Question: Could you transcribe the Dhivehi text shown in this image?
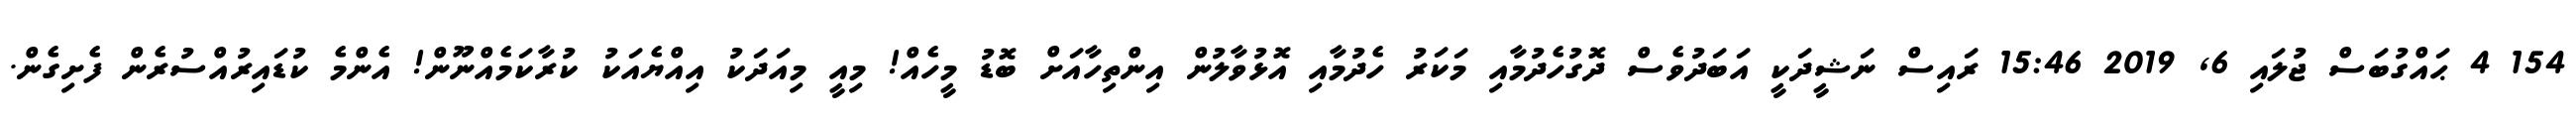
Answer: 154 4 ޙައްގުބަސް ޖުލައި 6, 2019 15:46 ރައިސް ނަޝީދަކީ އަބަދުވެސް ދޮގުހެދުމާއި މަކަރު ހެދުމާއި އޮޅުވާލުން އިންތިހާއަށް ބޮޑު މީހެއް! މިއީ މިއަދަކު އިއްޔެއަކު ކުރާކަމެއްނޫން! އެންމެ ކުޑައިރުއްސުރެން ފެށިގެން.